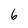
Character: 6